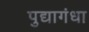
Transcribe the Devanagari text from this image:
पुद्यागंधा